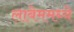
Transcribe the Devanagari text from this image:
लाबेममध्ये